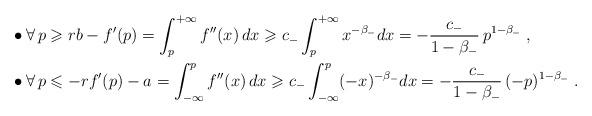
LaTeX: \begin{align*}& \bullet \forall \, p \geqslant r b - f'(p) = \int_p^{+\infty} f''(x) \, dx \geqslant c_- \int_p^{+\infty} x^{-\beta_-} dx = - \frac{c_-}{1 - \beta_-} \, p^{1-\beta_-} \; , \\& \bullet \forall \, p \leqslant -r f'(p) - a = \int_{-\infty}^p f''(x) \, dx \geqslant c_- \int_{-\infty}^p (-x)^{-\beta_-} dx = - \frac{c_-}{1 - \beta_-} \, (-p)^{1-\beta_-} \; .\end{align*}